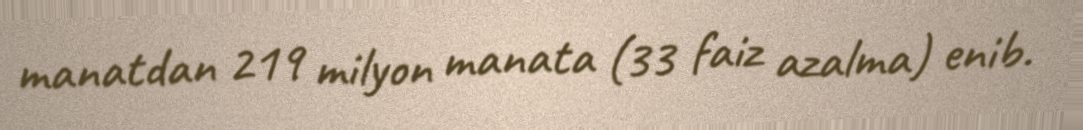
manatdan 219 milyon manata (33 faiz azalma) enib.